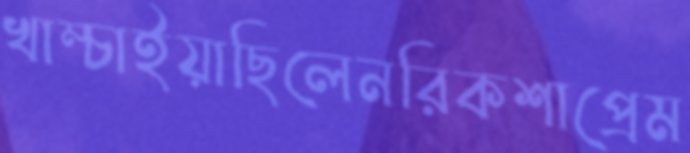
খাম্‌চাইয়াছিলেনরিকশাপ্রেম